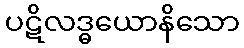
ပဋိလဒ္ဓယောနိသော